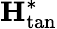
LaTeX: \mathbf{H}_{\mathrm{tan}}^{*}